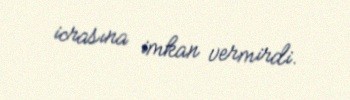
icrasına imkan vermirdi.